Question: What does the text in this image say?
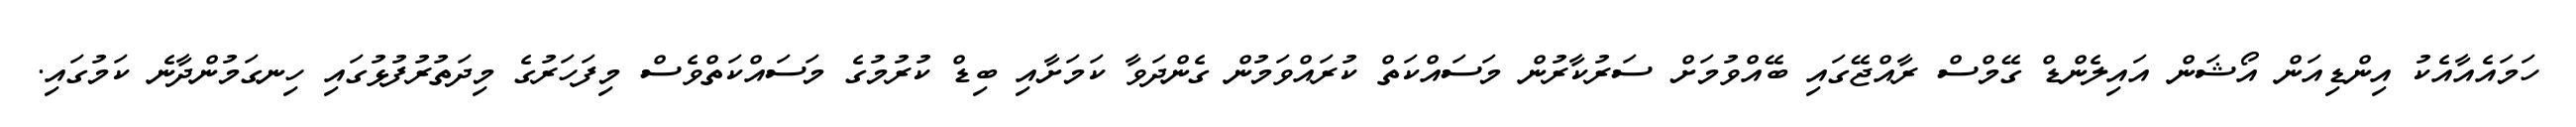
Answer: ހަމައެއާއެކު އިންޑިއަން އޯޝަން އައިލެންޑް ގޭމްސް ރާއްޖޭގައި ބޭއްވުމަށް ސަރުކާރުން މަސައްކަތް ކުރައްވަމުން ގެންދަވާ ކަމަށާއި ބިޑް ކުރުމުގެ މަސައްކަތްވެސް މިފަހަރުގެ މިދަތުރުފުޅުގައި ހިނގަމުންދާނެ ކަމުގައި.